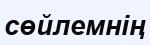
сөйлемнің